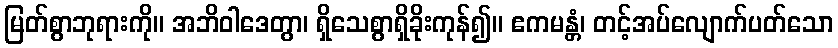
မြတ်စွာဘုရားကို။ အဘိဝါဒေတွာ၊ ရှိသေစွာရှိခိုးကုန်၍။ ဧကမန္တံ၊ တင့်အပ်လျောက်ပတ်သော